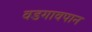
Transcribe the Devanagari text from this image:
वडगावपान